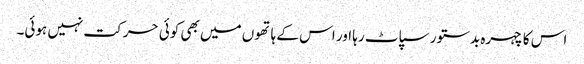
اس کا چہرہ بدستور سپاٹ رہا اور اس کے ہاتھوں میں بھی کوئی حرکت نہیں ہوئی۔